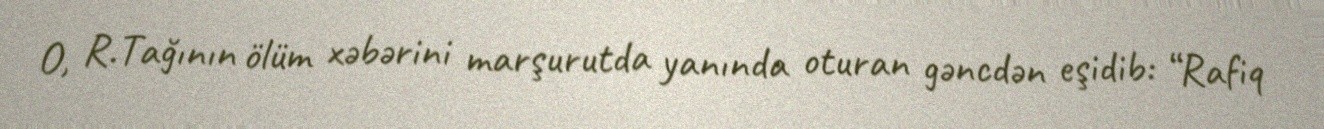
O, R.Tağının ölüm xəbərini marşurutda yanında oturan gəncdən eşidib: “Rafiq